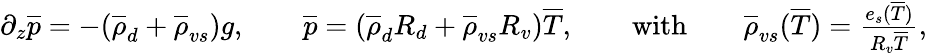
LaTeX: \begin{array}{r}{\partial_{z}\overline{{p}}=-(\overline{{\rho}}_{d}+\overline{{\rho}}_{vs})g,\qquad\overline{{p}}=(\overline{{\rho}}_{d}R_{d}+\overline{{\rho}}_{vs}R_{v})\overline{{T}},\qquad\mathrm{with}\qquad\overline{{\rho}}_{vs}(\overline{{T}})=\frac{e_{s}(\overline{{T}})}{R_{v}\overline{{T}}},}\end{array}